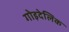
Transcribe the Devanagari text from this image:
गोइदेलिक